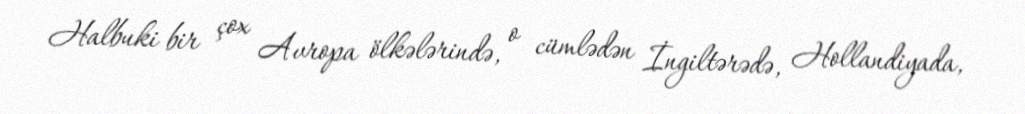
Halbuki bir çox Avropa ölkələrində, o cümlədən İngiltərədə, Hollandiyada,